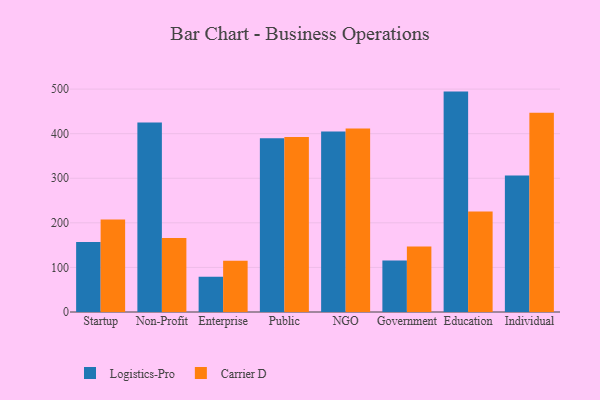
{"axis": {"x": "Segment", "y": "Population (Million)"}, "legend": ["Carrier D", "Logistics-Pro"], "data": [{"x": "Startup", "y": 156.8, "type": "Logistics-Pro"}, {"x": "Startup", "y": 207.6, "type": "Carrier D"}, {"x": "Non-Profit", "y": 425.0, "type": "Logistics-Pro"}, {"x": "Non-Profit", "y": 166.0, "type": "Carrier D"}, {"x": "Enterprise", "y": 79.1, "type": "Logistics-Pro"}, {"x": "Enterprise", "y": 115.0, "type": "Carrier D"}, {"x": "Public", "y": 390.0, "type": "Logistics-Pro"}, {"x": "Public", "y": 392.5, "type": "Carrier D"}, {"x": "NGO", "y": 404.7, "type": "Logistics-Pro"}, {"x": "NGO", "y": 411.6, "type": "Carrier D"}, {"x": "Government", "y": 115.8, "type": "Logistics-Pro"}, {"x": "Government", "y": 146.7, "type": "Carrier D"}, {"x": "Education", "y": 494.4, "type": "Logistics-Pro"}, {"x": "Education", "y": 225.2, "type": "Carrier D"}, {"x": "Individual", "y": 306.4, "type": "Logistics-Pro"}, {"x": "Individual", "y": 446.9, "type": "Carrier D"}]}